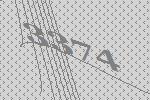
3374